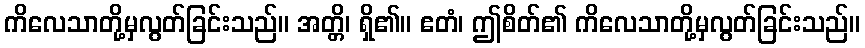
ကိလေသာတို့မှလွတ်ခြင်းသည်။ အတ္တိ၊ ရှိ၏။ ဧတံ၊ ဤစိတ်၏ ကိလေသာတို့မှလွတ်ခြင်းသည်။